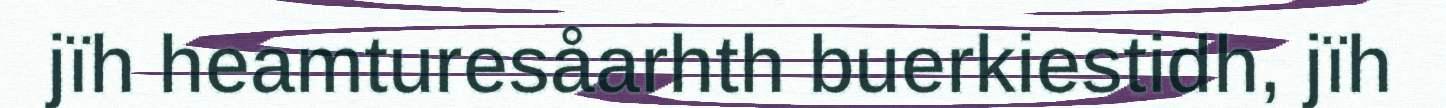
jïh heamturesåarhth buerkiestidh, jïh